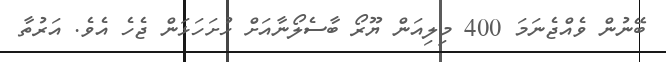
ބޭނުން ވެއްޖެނަމަ 400 މިލިއަން ޔޫރޯ ބާސެލޯނާއަށް ހުށަހަޅަން ޖެހެ އެވެ. އަރުތާ